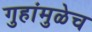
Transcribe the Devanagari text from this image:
गुहांमुळेच